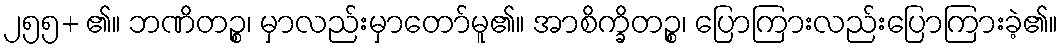
၂၅၅+ ၏။ ဘဏိတဉ္စ၊ မှာလည်းမှာတော်မူ၏။ အာစိက္ခိတဉ္စ၊ ပြောကြားလည်းပြောကြားခဲ့၏။